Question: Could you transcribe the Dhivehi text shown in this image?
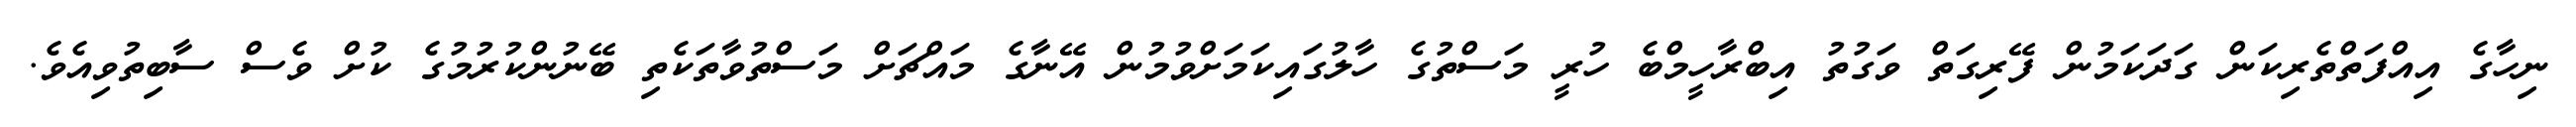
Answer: ނިހާގެ އިއްފަތްތެރިކަން ގަދަކަމުން ފޭރިގަތް ވަގުތު އިބްރާހީމްބެ ހުރީ މަސްތުގެ ހާލުގައިކަމަށްވުމުން އޭނާގެ މައްޗަށް މަސްތުވާތަކެތި ބޭނުންކުރުމުގެ ކުށް ވެސް ސާބިތުވިއެވެ.